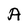
Character: A